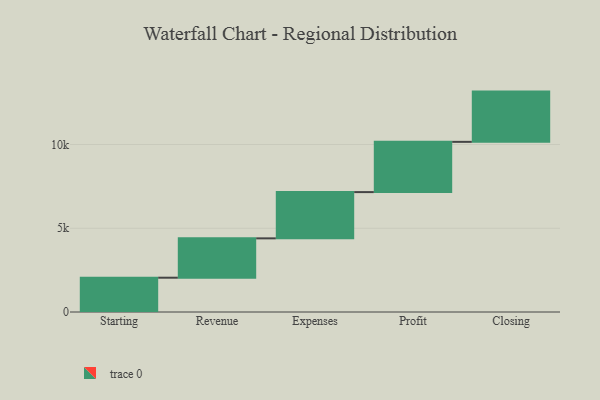
{"axis": {"x": "Step", "y": "Value"}, "legend": [""], "data": [{"x": "Starting", "y": 2048.0, "type": ""}, {"x": "Revenue", "y": 2349.0, "type": ""}, {"x": "Expenses", "y": 2761.0, "type": ""}, {"x": "Profit", "y": 3000, "type": ""}, {"x": "Closing", "y": 3000, "type": ""}]}